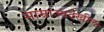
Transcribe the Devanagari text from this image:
साम्राज्यदेखील